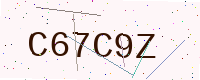
Text: C67C9Z